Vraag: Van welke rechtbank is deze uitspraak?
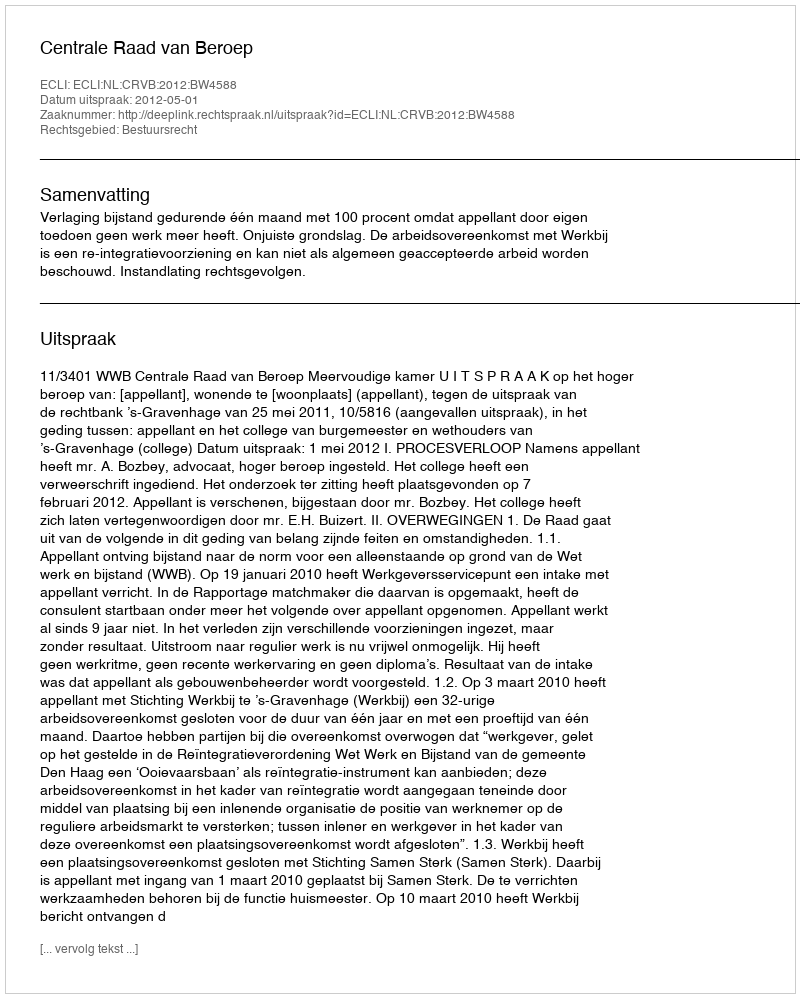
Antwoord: Centrale Raad van Beroep